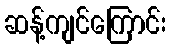
ဆန့်ကျင်ကြောင်း